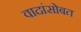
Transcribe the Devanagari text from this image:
वादांसोबत